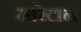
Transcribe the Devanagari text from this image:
मारेटान